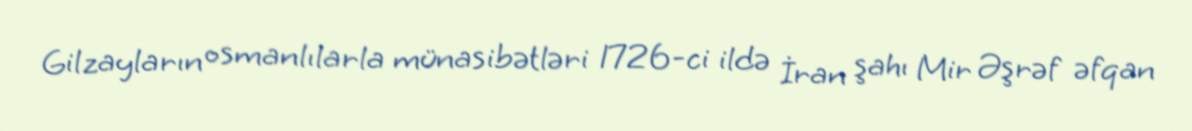
Gilzayların osmanlılarla münasibətləri 1726-ci ildə İran şahı Mir Əşrəf əfqan